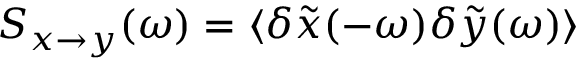
S _ { x \to y } ( \omega ) = \langle \delta \tilde { x } ( - \omega ) \delta \tilde { y } ( \omega ) \rangle